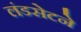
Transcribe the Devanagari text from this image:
लंडसेटने